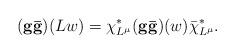
\begin{align*}({\bf g\bar{g}})(L w) = \chi^*_{L^\mu}({\bf g\bar{g}})(w) \bar{\chi}^*_{L^\mu}.\end{align*}